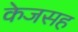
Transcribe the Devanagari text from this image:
केजसह